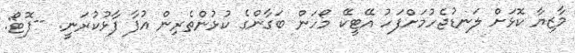
މާޒިޔާ ކޮޅަށް ލަނޑުޖެހުމަށްފަހު އޭޓީކޭ މޯހަން ބަގާންގެ ކުޅުންތެރިން އުފާ ފާޅުކުރަނީ. --ފޮޓޯ: